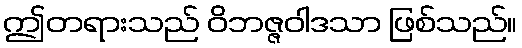
ဤတရားသည် ဝိဘဇ္ဇဝါဒသာ ဖြစ်သည်။